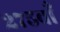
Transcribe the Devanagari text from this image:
२७५वाँ